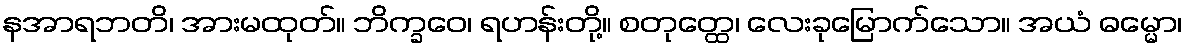
နအာရဘတိ၊ အားမထုတ်။ ဘိက္ခဝေ၊ ရဟန်းတို့။ စတုတ္ထေ၊ လေးခုမြောက်သော။ အယံ ဓမ္မော၊